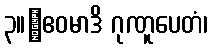
၃။	ဧဝမာဒိ ဂုဏူပေတံ၊